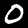
Digit: 0